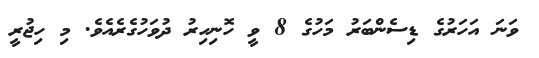
ވަނަ އަހަރުގެ ޑިސެންބަރު މަހުގެ 8 ވީ ހޮނިހިރު ދުވަހުގެރެއެވެ. މި ހިޖުރީ